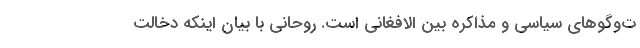
ت‌وگو‌های سیاسی و مذاکره بین الافغانی است. روحانی با بیان اینکه دخالت